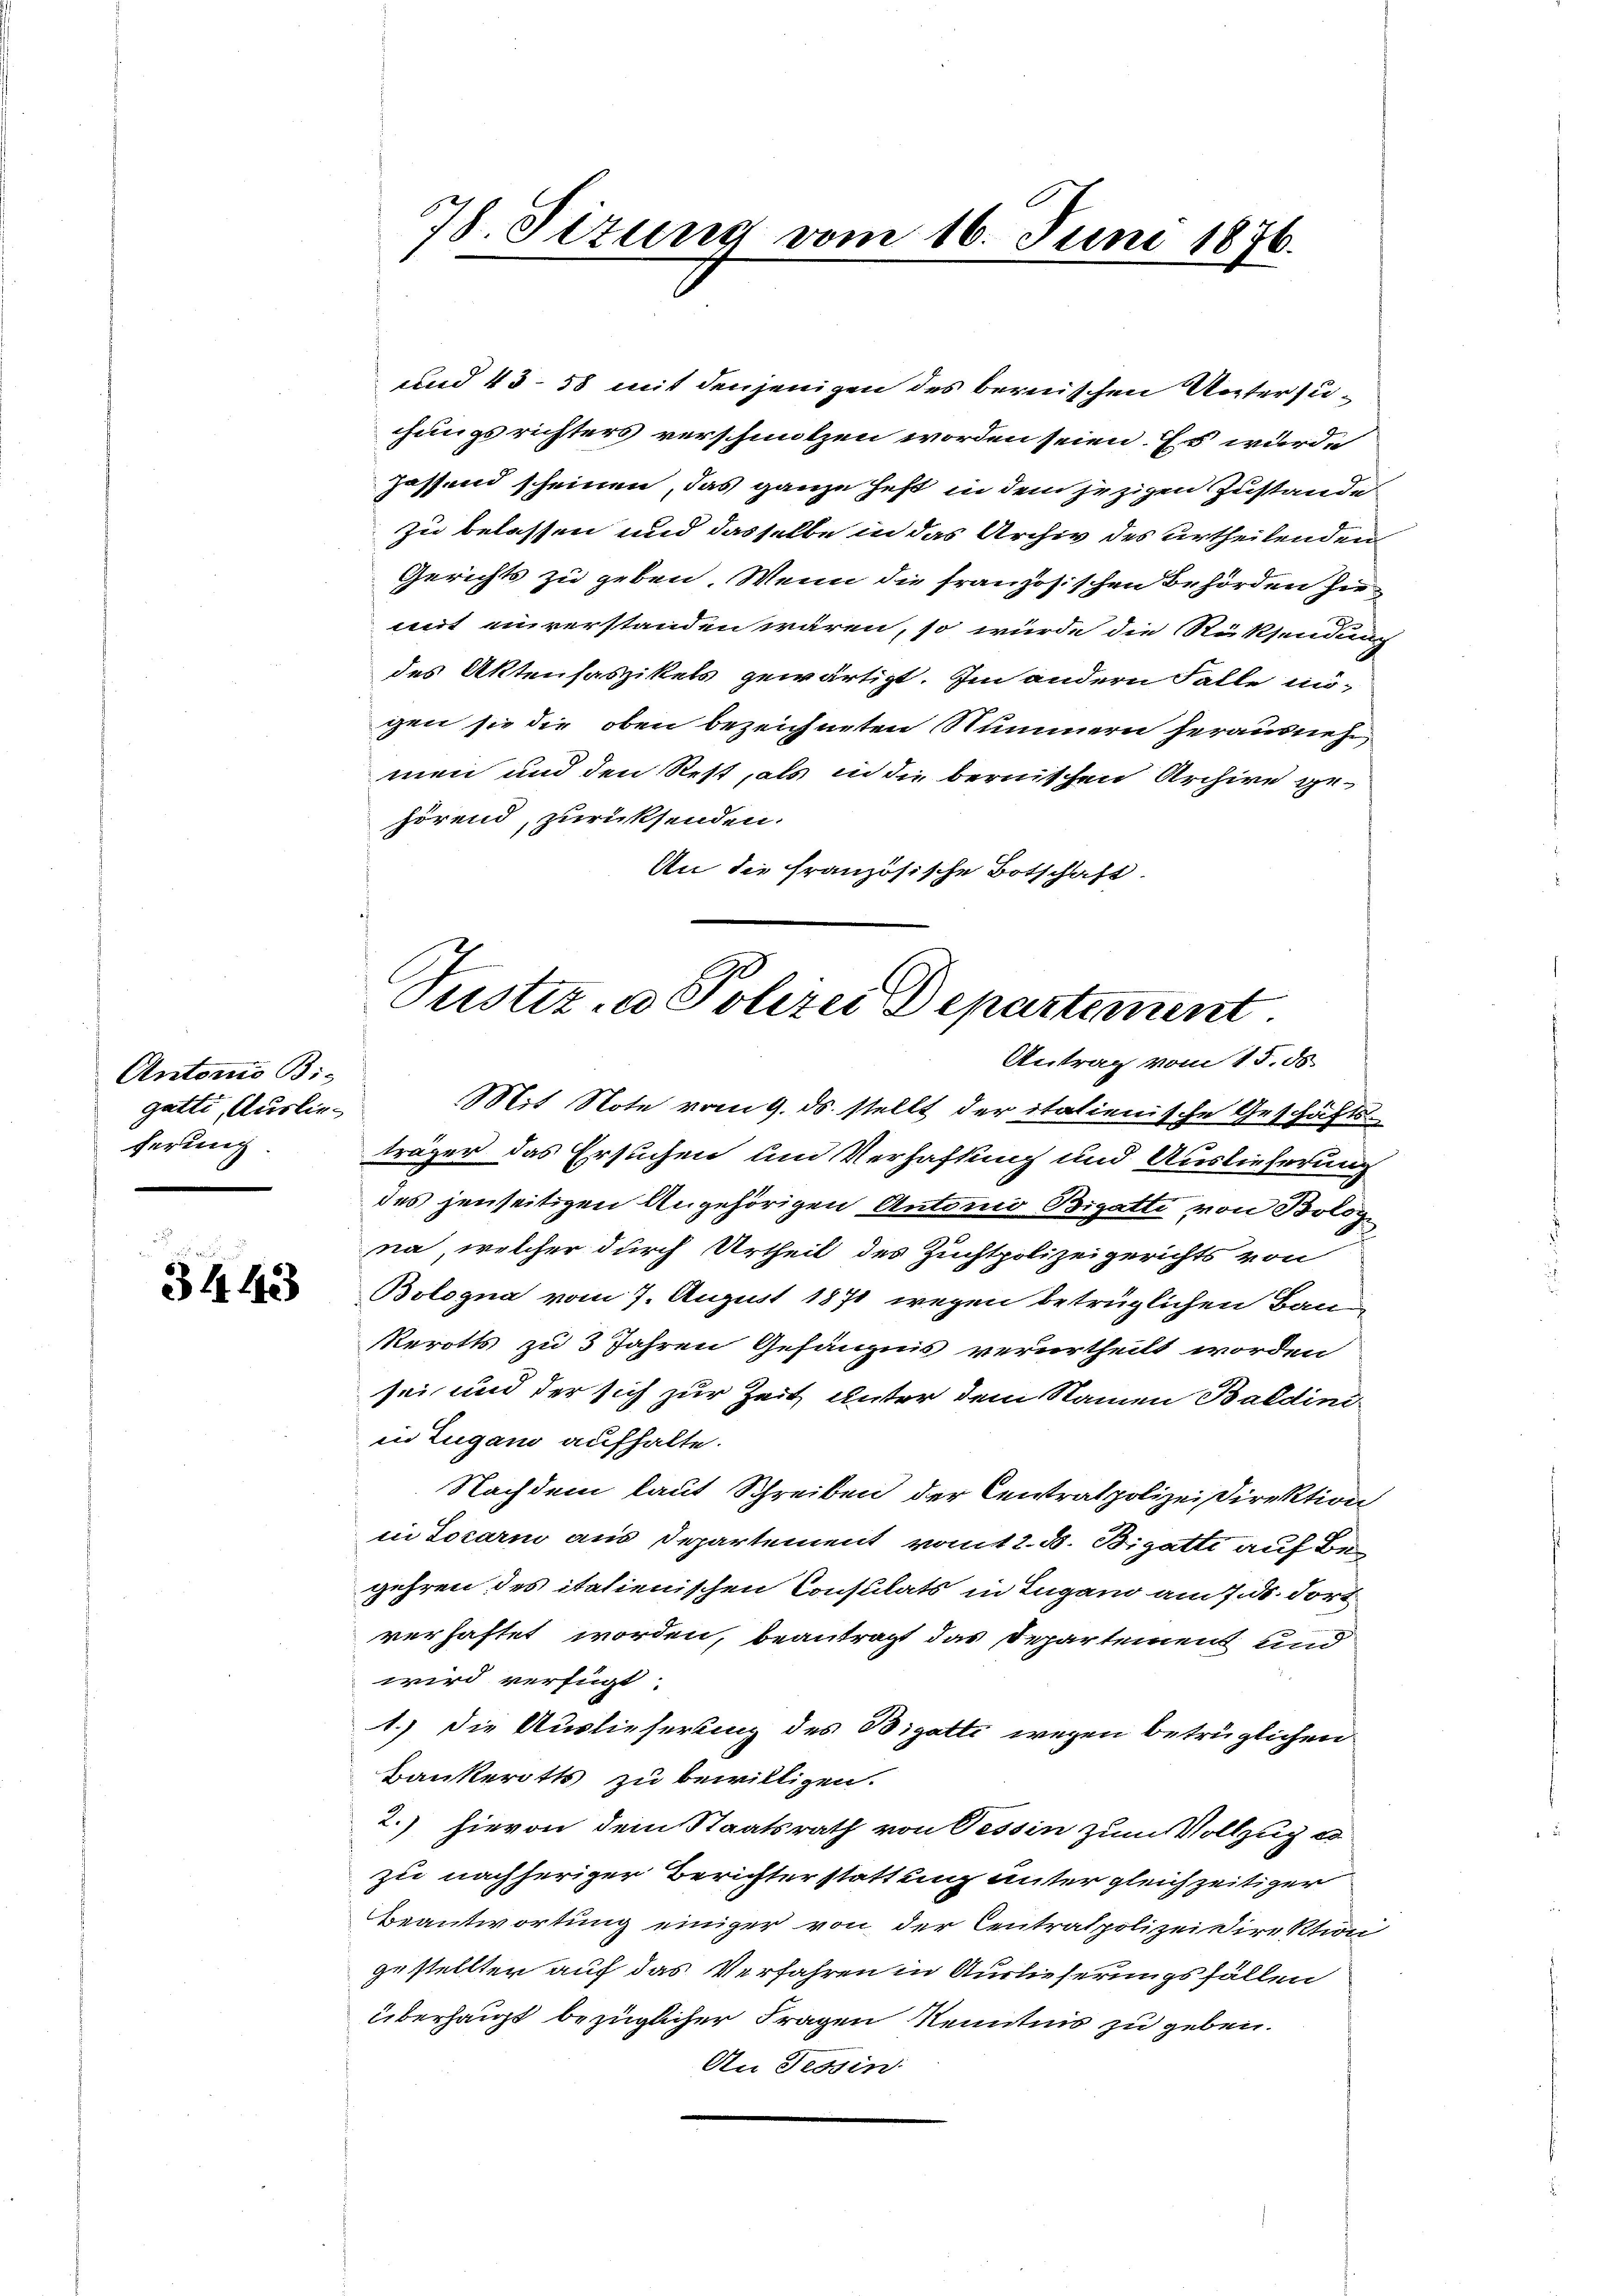
Antonis Bie
gatte, Auslieserung

3443

38. Sizung vom 16. Juni 1876.

und 43-58 mit denjenigen des bernischen Untersuchungsrichters verschmolzen worden seien. Es wurde
hassend scheinen, das ganze Fest in dem jezigen Zustande
zu belassen und dasselbe in das Archiv des urtheilenden
Gerichts zu geben. Wenn die französischen Behörden hiemit einverstanden wären, so würde die Rücksendung
des Aktenhaszikels gewärtigt. Im andern Falle ingen sie die oben bezeichneten Nummern herausneh
men und den Rest, als in die bernischen Archive gehörend, zurücksenden.
An die französische Botschaft.

Justiz- u Polizei Departement
Antrag vom 15. ds.

Mit Note vom 9. ds. stellt der italienische Geschäfts-
träger das Ersuchen und Verhaftung und Auslieferung
des jenseitigen Angehörigen Antonio Bigatte von Bolog
na, welcher durch Urtheil des Zuchtpolizeigerichts von
Bologna vom 7. August 1871 wegen betrüglichen Bau-
Rerotts zu 3 Jahren Gefängnis verurtheilt worden
sei und der sich zur Zeit unter dem Namen Baldini
in Zugano aufhalte.
Nachdem laut Schreiben der Centratpolizeidirektion
in Locari aus Departement vom 2. B. Bigatte auf Begehren des italienischen Consulats in Lugano am Jos. dortverhaftet worden, beantragt das Departement und
wird verfügt
1.) Die Auslieferting des Bigatte wegen betrüglichen
Bankerotts zu bewilligen.
2.) hievon dem Staatsrath von Tessin zum Vollzug e
zu nachheriger Berichter stattung unter gleichzeitiger
Beantwortung einiger von der Centratpolizeidirektion
gestellten auf das Verfahren in Auslieferungsfällen
überhaupt bezüglicher Fragen Kenntnis zu geben.
An Tessin: